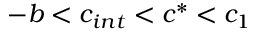
- b < c _ { i n t } < c ^ { * } < c _ { 1 }